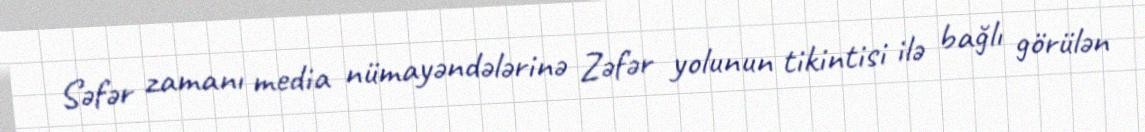
Səfər zamanı media nümayəndələrinə Zəfər yolunun tikintisi ilə bağlı görülən